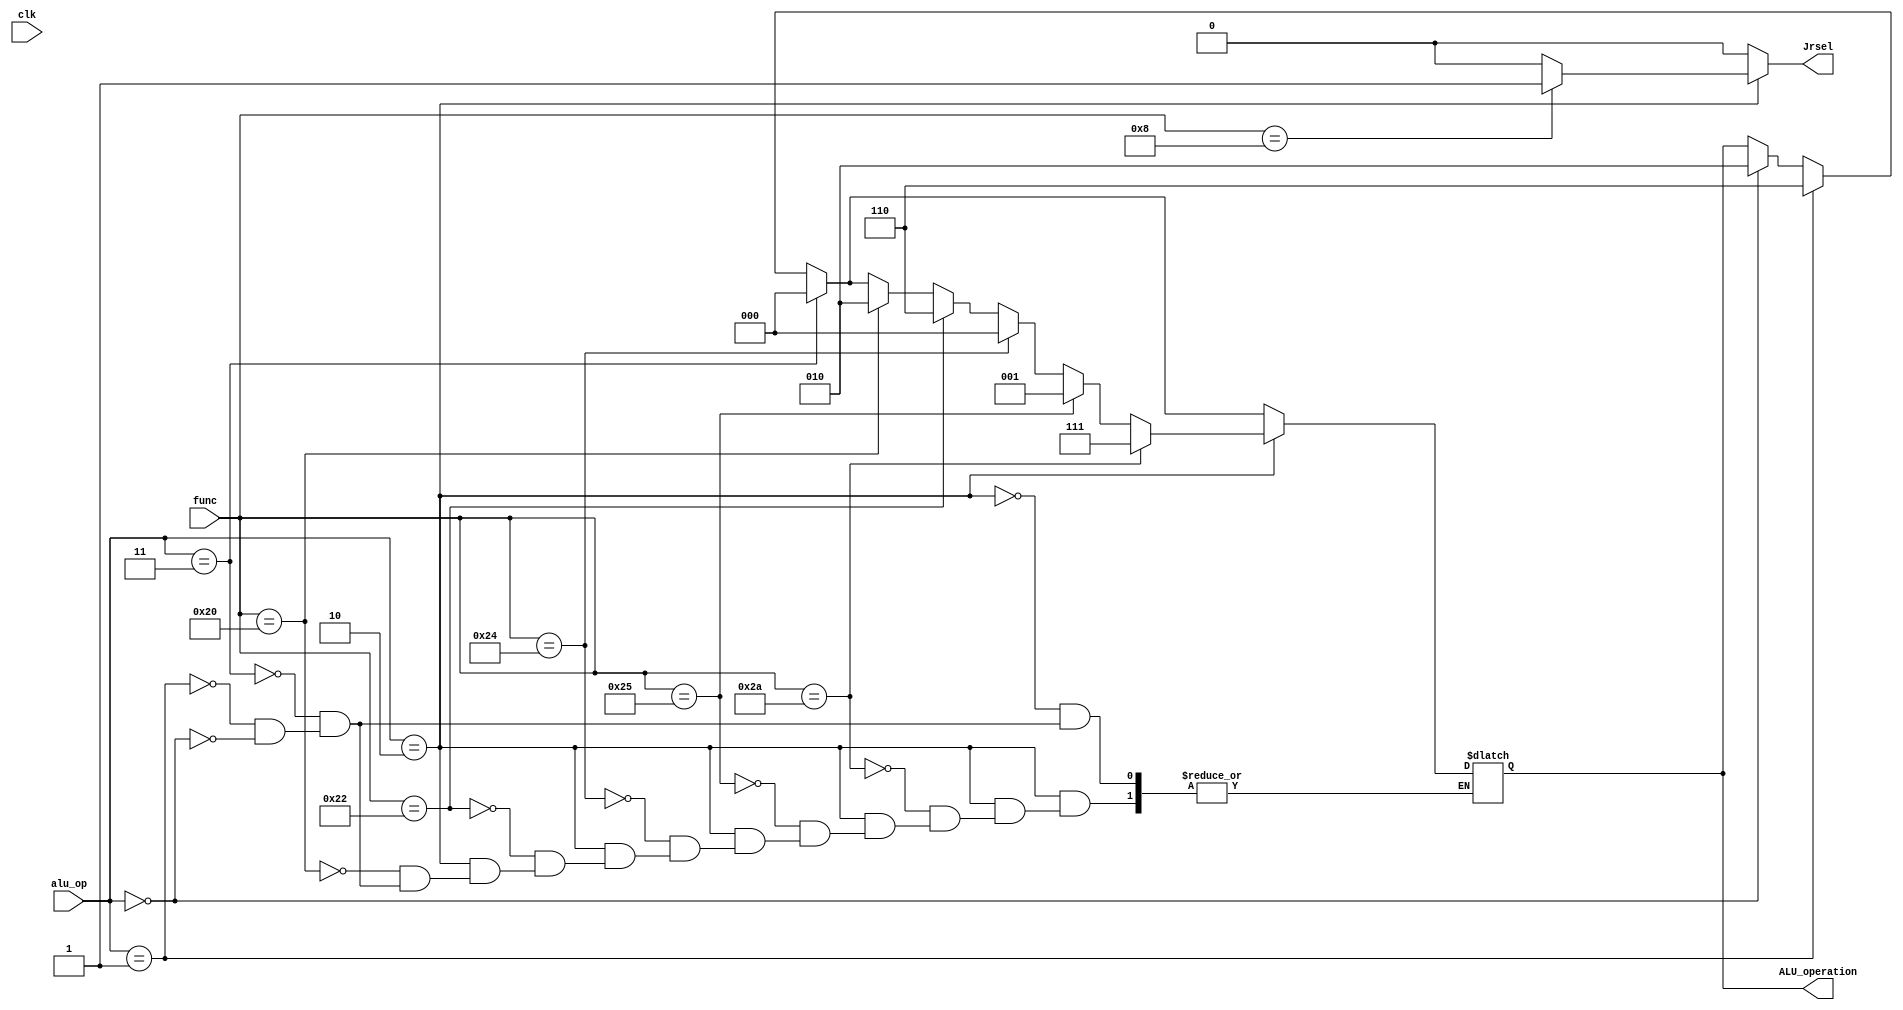
module ALU_controller(clk,alu_op,func,ALU_operation,Jrsel);
    input clk;
    input[1:0] alu_op;
    input[5:0] func;
    output reg[2:0] ALU_operation;
    output reg Jrsel;
    always@(alu_op,func)begin
      Jrsel = 1'b0;
      if(alu_op == 2'b00) ALU_operation = 3'b010;//add
      if(alu_op == 2'b01) ALU_operation = 3'b110;//sub
      if(alu_op == 2'b11) ALU_operation = 3'b000;//and
      if(alu_op == 2'b10) begin
        if(func == 6'b100000) ALU_operation = 3'b010;//add
        if(func == 6'b100010) ALU_operation = 3'b110;//sub
        if(func == 6'b100100) ALU_operation = 3'b000;//and
        if(func == 6'b100101) ALU_operation = 3'b001;//or
        if(func == 6'b101010) ALU_operation = 3'b111;//slt
        if(func == 6'b001000) Jrsel = 1'b1;//jr
      end
    end

endmodule